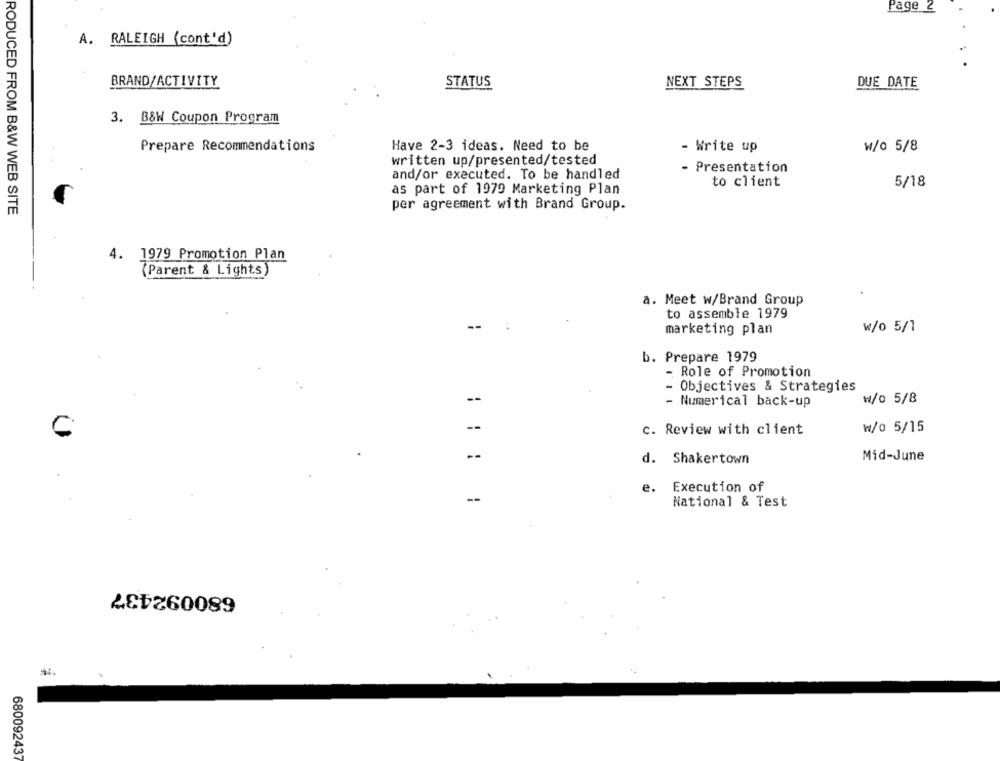
Page _
A. RALEIGH (cont'd)
BRAND/ACTIVITY
STATUS
NEXT STEPS
DUE DATE
3. B&W Coupon Program
Prepare Recommendations
Have 2-3 ideas. Need to be
- Write up
w/o 5/8
written up/presented/tested
- Presentation
and/or executed. To be handled
to client
as part of 1979 Marketing Plan
5/18
per agreement with Brand Group.
RODUCED FROM B&W WEB SITE
4. 1979 Promotion Plan
(Parent & Lights)
a. Meet w/Brand Group
to assemble 1979
marketing plan
w/o 5/1
b. Prepare 1979
- Role of Promotion
Objectives & Strategies
- Numerical back-up
₩/0 5/8
--
c. Review with client
w/0 5/15
--
d. Shakertown
Mid-June
Execution of
e.
--
National & Test
680092437
68009243